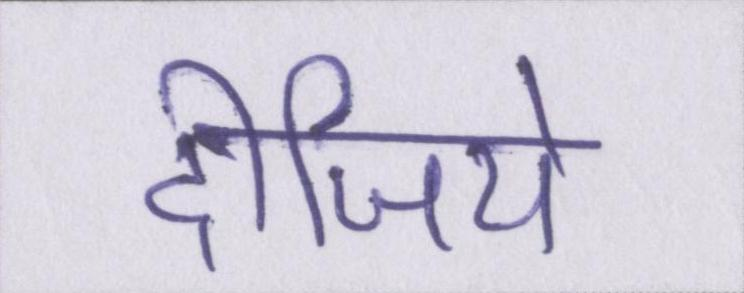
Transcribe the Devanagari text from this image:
दीजिये